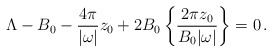
\begin{align*}\Lambda-B_0-\frac{4\pi}{|\omega|}z_0+2B_0\left\{\frac{2\pi z_0}{B_0|\omega|}\right\}=0\,.\end{align*}